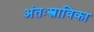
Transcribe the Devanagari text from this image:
अंतःस्त्राविका